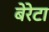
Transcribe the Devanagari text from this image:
बेरेटा